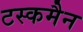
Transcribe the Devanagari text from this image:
टस्कमैन